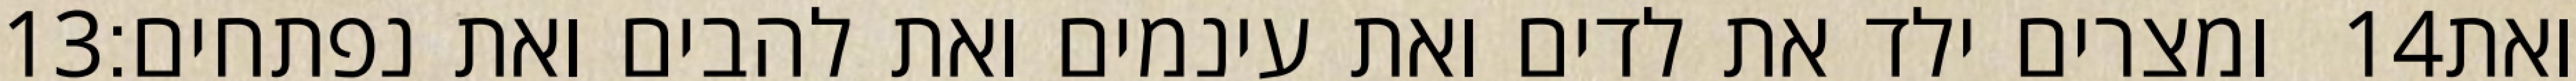
‎13‏ ומצרים ילד את לדים ואת עינמים ואת להבים ואת נפתחים׃ ‎14‏ ואת